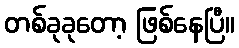
တစ်ခုခုတော့ ဖြစ်နေပြီ။